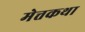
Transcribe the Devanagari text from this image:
मेत्तकथा